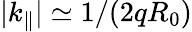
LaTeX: \lvert k_{\parallel}\rvert\simeq 1/(2qR_{0})